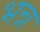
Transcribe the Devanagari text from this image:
भन्न